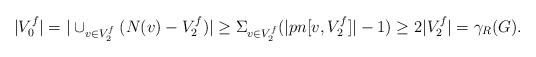
LaTeX: \begin{align*}|V_0^f| = |\cup_{v \in V_2^f}(N(v)-V_2^f)| \geq \Sigma_{v\in V_2^f} (|pn[v,V_2^f]|-1) \geq 2|V_2^f| = \gamma_R(G).\end{align*}